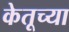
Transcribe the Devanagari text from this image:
केतूच्या